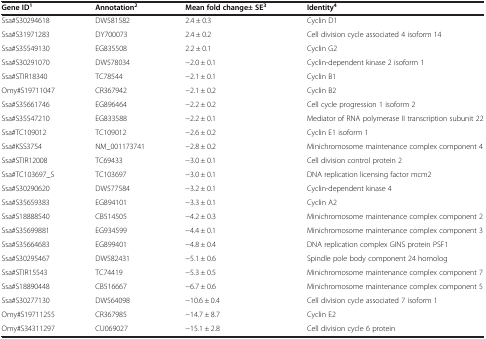
<table><thead><tr><td><b>Gene ID<sup>1</sup></b></td><td><b>Annotation<sup>2</sup></b></td><td><b>Mean fold change± SE<sup>3</sup></b></td><td><b>Identity<sup>4</sup></b></td></tr></thead><tbody><tr><td>Ssa#S30294618</td><td>DW581582</td><td>2.4 ± 0.3</td><td>Cyclin D1</td></tr><tr><td>Ssa#S31971283</td><td>DY700073</td><td>2.4 ± 0.2</td><td>Cell division cycle associated 4 isoform 14</td></tr><tr><td>Ssa#S35549130</td><td>EG835508</td><td>2.2 ± 0.1</td><td>Cyclin G2</td></tr><tr><td>Ssa#S30291070</td><td>DW578034</td><td>−2.0 ± 0.1</td><td>Cyclin-dependent kinase 2 isoform 1</td></tr><tr><td>Ssa#STIR18340</td><td>TC78544</td><td>−2.1 ± 0.1</td><td>Cyclin B1</td></tr><tr><td>Omy#S19711047</td><td>CR367942</td><td>−2.1 ± 0.2</td><td>Cyclin B2</td></tr><tr><td>Ssa#S35661746</td><td>EG896464</td><td>−2.2 ± 0.2</td><td>Cell cycle progression 1 isoform 2</td></tr><tr><td>Ssa#S35547210</td><td>EG833588</td><td>−2.2 ± 0.1</td><td>Mediator of RNA polymerase II transcription subunit 22</td></tr><tr><td>Ssa#TC109012</td><td>TC109012</td><td>−2.6 ± 0.2</td><td>Cyclin E1 isoform 1</td></tr><tr><td>Ssa#KSS3754</td><td>NM_001173741</td><td>−2.8 ± 0.2</td><td>Minichromosome maintenance complex component 4</td></tr><tr><td>Ssa#STIR12008</td><td>TC69433</td><td>−3.0 ± 0.1</td><td>Cell division control protein 2</td></tr><tr><td>Ssa#TC103697_S</td><td>TC103697</td><td>−3.0 ± 0.1</td><td>DNA replication licensing factor mcm2</td></tr><tr><td>Ssa#S30290620</td><td>DW577584</td><td>−3.2 ± 0.1</td><td>Cyclin-dependent kinase 4</td></tr><tr><td>Ssa#S35659383</td><td>EG894101</td><td>−3.3 ± 0.1</td><td>Cyclin A2</td></tr><tr><td>Ssa#S18888540</td><td>CB514505</td><td>−4.2 ± 0.3</td><td>Minichromosome maintenance complex component 2</td></tr><tr><td>Ssa#S35699881</td><td>EG934599</td><td>−4.4 ± 0.1</td><td>Minichromosome maintenance complex component 3</td></tr><tr><td>Ssa#S35664683</td><td>EG899401</td><td>−4.8 ± 0.4</td><td>DNA replication complex GINS protein PSF1</td></tr><tr><td>Ssa#S30295467</td><td>DW582431</td><td>−5.1 ± 0.6</td><td>Spindle pole body component 24 homolog</td></tr><tr><td>Ssa#STIR15543</td><td>TC74419</td><td>−5.3 ± 0.5</td><td>Minichromosome maintenance complex component 7</td></tr><tr><td>Ssa#S18890448</td><td>CB516667</td><td>−6.7 ± 0.6</td><td>Minichromosome maintenance complex component 5</td></tr><tr><td>Ssa#S30277130</td><td>DW564098</td><td>−10.6 ± 0.4</td><td>Cell division cycle associated 7 isoform 1</td></tr><tr><td>Omy#S19711255</td><td>CR367985</td><td>−14.7 ± 8.7</td><td>Cyclin E2</td></tr><tr><td>Omy#S34311297</td><td>CU069027</td><td>−15.1 ± 2.8</td><td>Cell division cycle 6 protein</td></tr></tbody></table>